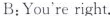
B;You're right.